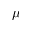
\mu